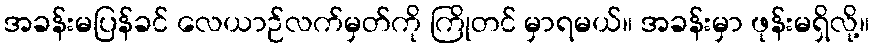
အခန်းမပြန်ခင် လေယာဉ်လက်မှတ်ကို ကြိုတင် မှာရမယ်။ အခန်းမှာ ဖုန်းမရှိလို့။